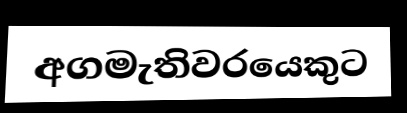
අගමැතිවරයෙකුට